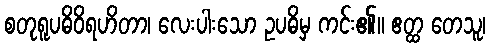
စတုရူပဓိဝိရဟိတာ၊ လေးပါးသော ဥပဓိမှ ကင်း၏။ ဧတ္ထ တေသူ၊